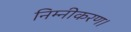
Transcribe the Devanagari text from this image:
निम्नीकरण।